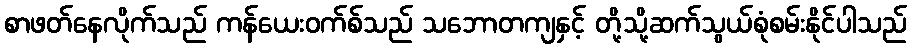
စာဖတ်နေလိုက်သည် ကန်ယေးဝက်စ်သည် သဘောတကျနှင့် တို့သို့ဆက်သွယ်စုံစမ်းနိုင်ပါသည်